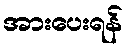
အားပေးရန်